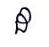
ដ